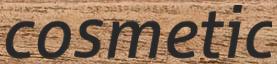
cosmetic